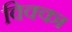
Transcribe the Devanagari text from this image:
विक्का